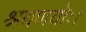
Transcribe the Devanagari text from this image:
श्रवणयोः।